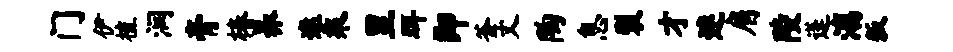
门伊植润膏椿养遨乘里珥即釜丈陶息裂才迷肩陵蓬漓叛